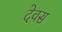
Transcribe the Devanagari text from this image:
देवस